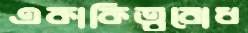
একাকিত্ববোধ